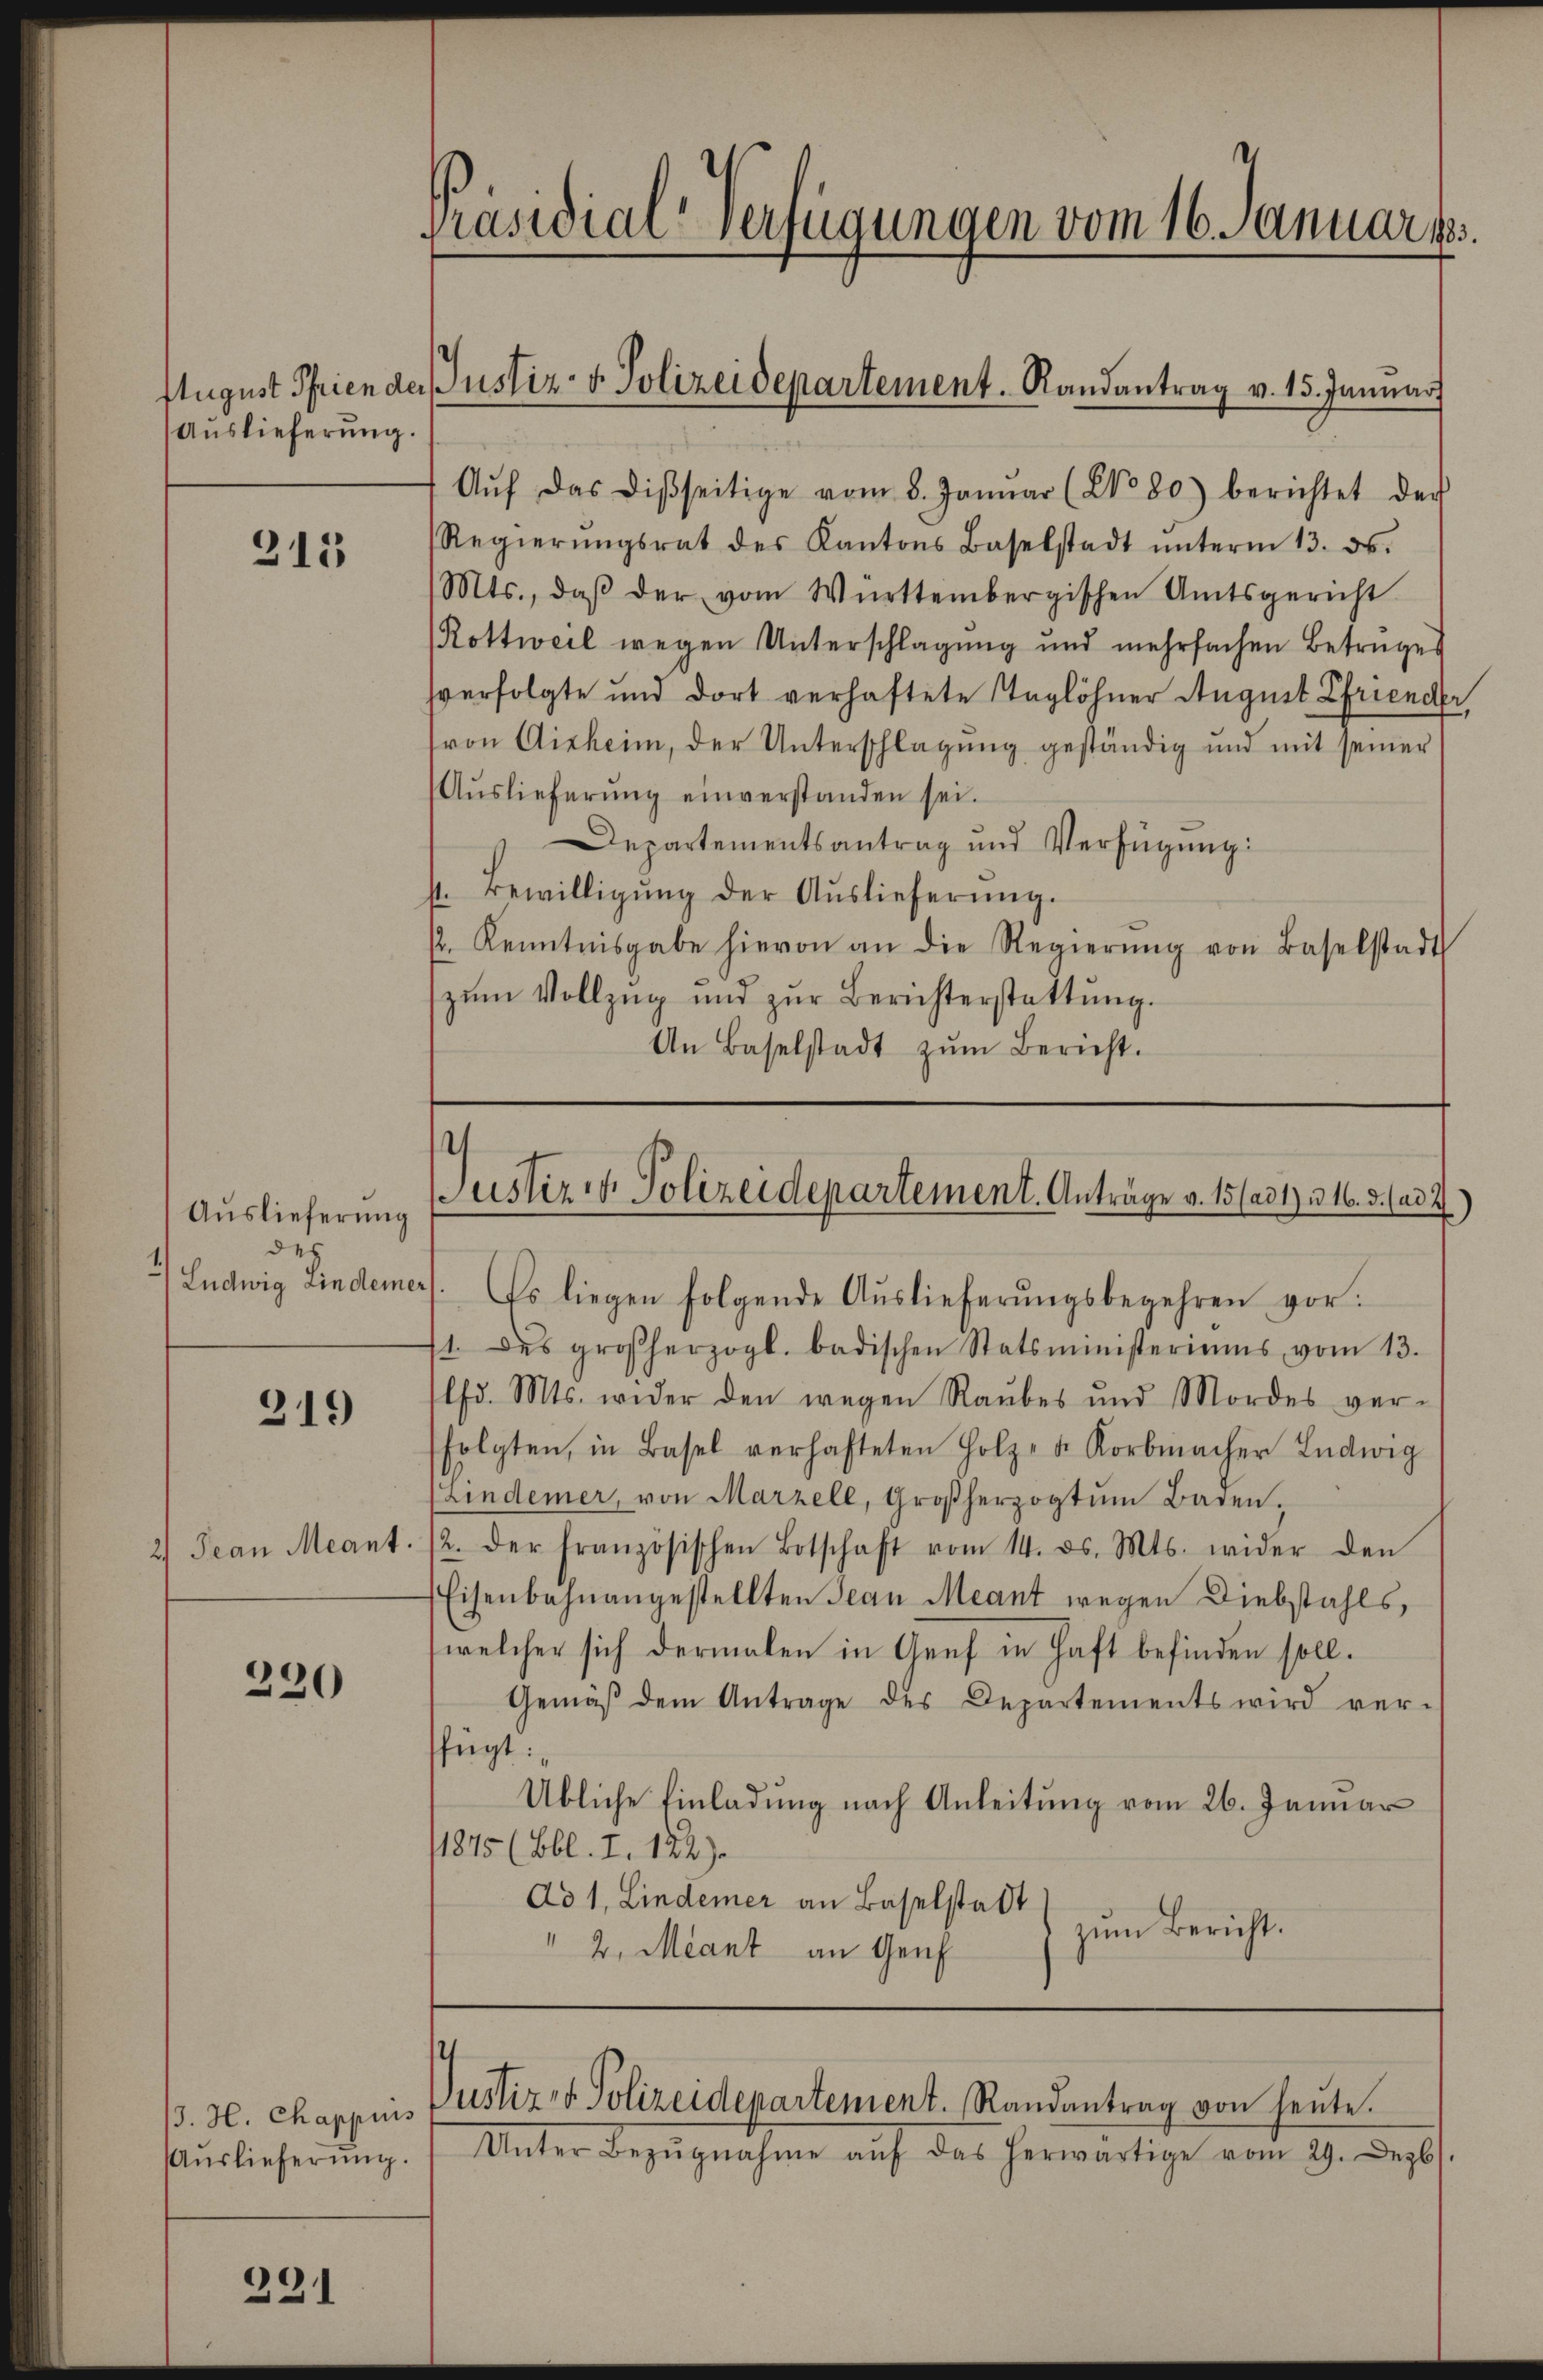
Auslieferung.

315

Auslieferung
des

319

230

13. H. Chappius
Auslieferung.

291

Präsidial-Verfügungen vom 16. Januar 185.

Aŭf das disseitige vom 8. Januar (No 80) berichtet der
Regierŭngsrat des Kantons Baselstadt ŭnterm 13. ds.
Mts., daβ der vom Württembergischen Amtsgericht
Rottweil wegen Unterschlagung und mehrfachen Betruges
sverfolgte und dort verhaftete Taglöhner August Efriender,
von Aisheim, der Unterschlagung geständig und mit seiner
Aŭslieferŭng einverstanden sei.
Departementsantrag und Verfügŭng:
4. Bewilligŭng der Aŭslieferŭng.
/. Kenntnisgabe hievon an die Regierŭng von Baselstadt
zŭm Vollzŭg und zŭr Berichterstattŭng.
An Baselstadt zŭm Bericht.

August Prien der Justiz- & Polizeidepartement. Randantrag v. 15. Januar

2) Ludwig Linderers. Es liegen folgende Auslieferŭngsbegehren vor:
1. des großherzogl. badischen Statsministeriums vom 13.
lfd. Mts. wider den wegen Raubes und Mordes ver-
folgten, in Basel verhafteten Holz- u. Korbmacher Ludwig
(Lindemer, von Marzell, Großherzogtŭm Baden.
 Jean Mant. 12. der französischen Botschaft vom 14. ds. Mts. wider den
Eisenbahnangestellten Jean Meant wegen Diebstahls,
(welcher sich dermalen in Genf in Haft befinden soll.
Gemäβ dem Antrage des Departements wird ver-
ffügt:
Übliche Einladung nach Anleitung vom 26. Januar
1875 (Bbl. I. 122).
Ad 1, Lindemer an Baselstadt
zum Bericht.
" 2. Miant an Genf

Justiz & Polizeidepartement. Anträge v. 15 (ad1) u. 16. 5. (ad 2

Justiz- & Polizeidepartement. Randantrag von heŭte.

Unter Bezŭgnahme aŭf das herwärtige vom 29. Dezb.